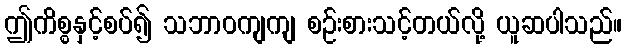
ဤကိစ္စနှင့်စပ်၍ သဘာဝကျကျ စဉ်းစားသင့်တယ်လို့ ယူဆပါသည်။